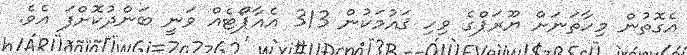
އެގޮތުން މިހާތަނަށް ޔޫރަޕްގެ ވިހި ޤައުމަކުން 313 އެއާޕޯޓެއް ވަނީ ބަންދުކޮށްފަ އެވެ.